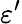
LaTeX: \varepsilon^{\prime}